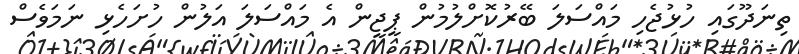
ތިނަދޫގައި ހުޅުޖެހި މައްސަލަ ބޭރުކޮށްލުމުން ޕީޖީން އެ މައްސަލަ އަލުން ހުށަހެޅި ނަމަވެސް